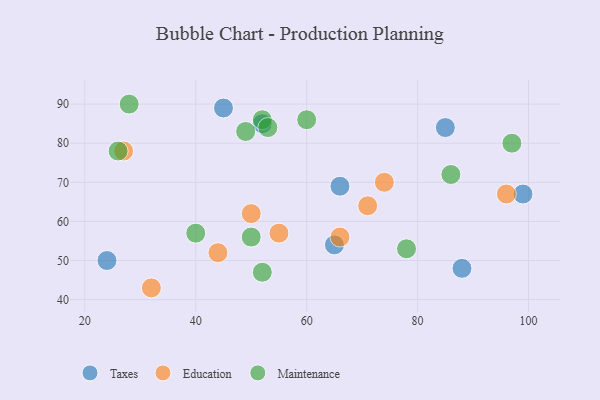
{"axis": {"x": "GDP", "y": "Life Expectancy"}, "legend": ["Education", "Maintenance", "Taxes"], "data": [{"x": "88", "y": 48, "type": "Taxes"}, {"x": "65", "y": 54, "type": "Taxes"}, {"x": "66", "y": 69, "type": "Taxes"}, {"x": "99", "y": 67, "type": "Taxes"}, {"x": "24", "y": 50, "type": "Taxes"}, {"x": "45", "y": 89, "type": "Taxes"}, {"x": "52", "y": 85, "type": "Taxes"}, {"x": "85", "y": 84, "type": "Taxes"}, {"x": "96", "y": 67, "type": "Education"}, {"x": "74", "y": 70, "type": "Education"}, {"x": "55", "y": 57, "type": "Education"}, {"x": "27", "y": 78, "type": "Education"}, {"x": "66", "y": 56, "type": "Education"}, {"x": "71", "y": 64, "type": "Education"}, {"x": "44", "y": 52, "type": "Education"}, {"x": "50", "y": 62, "type": "Education"}, {"x": "32", "y": 43, "type": "Education"}, {"x": "50", "y": 56, "type": "Maintenance"}, {"x": "86", "y": 72, "type": "Maintenance"}, {"x": "52", "y": 86, "type": "Maintenance"}, {"x": "60", "y": 86, "type": "Maintenance"}, {"x": "78", "y": 53, "type": "Maintenance"}, {"x": "53", "y": 84, "type": "Maintenance"}, {"x": "26", "y": 78, "type": "Maintenance"}, {"x": "52", "y": 47, "type": "Maintenance"}, {"x": "49", "y": 83, "type": "Maintenance"}, {"x": "97", "y": 80, "type": "Maintenance"}, {"x": "40", "y": 57, "type": "Maintenance"}, {"x": "28", "y": 90, "type": "Maintenance"}]}